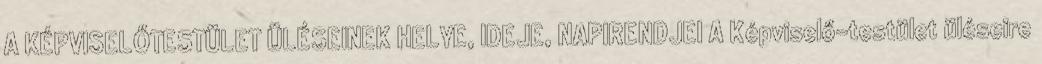
A KÉPVISELŐTESTÜLET ÜLÉSEINEK HELYE, IDEJE, NAPIRENDJEI A Képviselő-testület üléseire